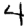
Digit: 4